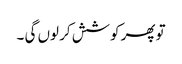
تو پھر کوشش کر لوں گی ۔